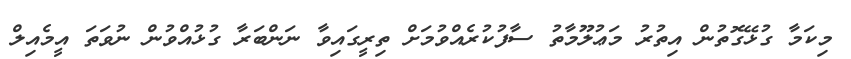
މިކަމާ ގުޅޭގޮތުން އިތުރު މަޢުލޫމާތު ސާފުކުރެއްވުމަށް ތިރީގައިވާ ނަންބަރާ ގުޅުއްވުން ނުވަތަ އީމެއިލް